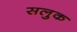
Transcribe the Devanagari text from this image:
सलुक